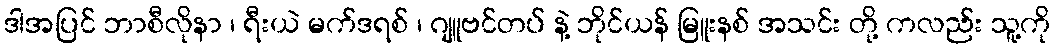
ဒါအပြင် ဘာစီလိုနာ ၊ ရီးယဲ မက်ဒရစ် ၊ ဂျူဗင်တပ် နဲ့ ဘိုင်ယန် မြူးနစ် အသင်း တို့ ကလည်း သူ့ကို